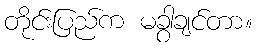
တိုင်းပြည်က မခွာချင်တာ။